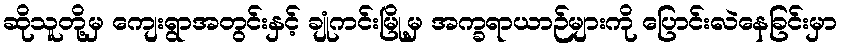
ဆိုသူတို့မှ ကျေးရွာအတွင်းနှင့် ချုံကင်းမြို့မှ အက္ခရာယာဉ်များကို ပြောင်းလဲနေခြင်းမှာ